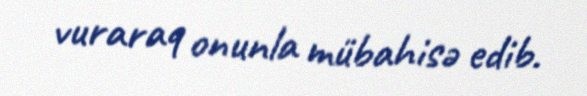
vuraraq onunla mübahisə edib.